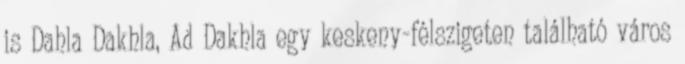
is Dahla Dakhla, Ad Dakhla egy keskeny-félszigeten található város